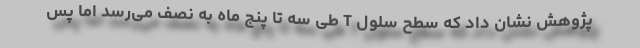
پژوهش‌ نشان داد که سطح سلول T طی سه تا پنج ماه به نصف می‌رسد اما پس